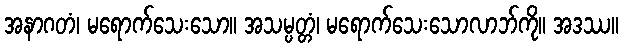
အနာဂတံ၊ မရောက်သေးသော။ အသမ္ပတ္တံ၊ မရောက်သေးသောလာဘ်ကို။ အဒဿ။